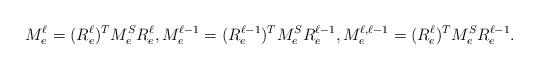
LaTeX: \begin{align*}M_e^\ell = (R_e^\ell)^TM^S_eR_e^\ell,M_e^{\ell-1} = (R_e^{\ell-1})^TM^S_eR_e^{\ell-1},M_e^{\ell,\ell-1} = (R_e^\ell)^TM^S_eR_e^{\ell-1}.\end{align*}